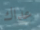
عداك